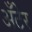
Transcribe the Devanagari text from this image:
अँटेर